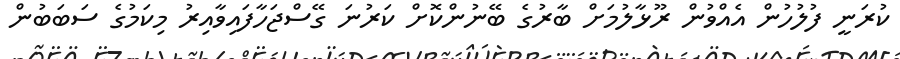
ކުރަނީ ފުލުހުން އެއްވުން ރޫޅާލުމަށް ބާރުގެ ބޭނުންކޮށް ކަރުނަ ގޭސްޖަހާފައިވާއިރު މިކަމުގެ ސަބަބުން